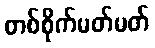
တစ်စိုက်မတ်မတ်